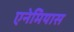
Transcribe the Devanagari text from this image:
एनेमियास